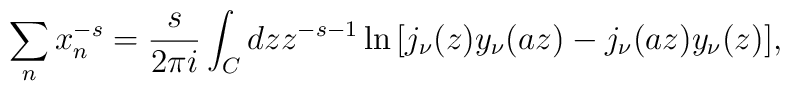
\sum_n x_n^{-s}={s\over 2\pi i}\int_C dz z^{-s-1}\ln{\left[j_\nu (z) y_\nu (a z) - j_\nu (az) y_\nu (z)\right]},